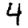
Digit: 4